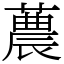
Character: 蕽